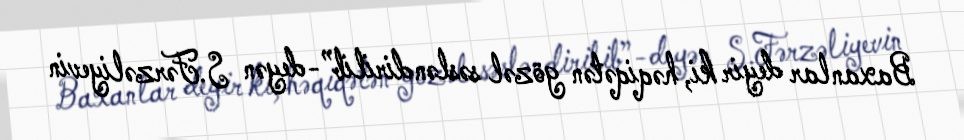
Baxanlar deyir ki, həqiqətən gözəl səsləndirilib”-deyən S.Fərzəliyevin